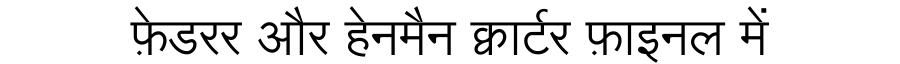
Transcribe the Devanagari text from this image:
फ़ेडरर और हेनमैन क्वार्टर फ़ाइनल में